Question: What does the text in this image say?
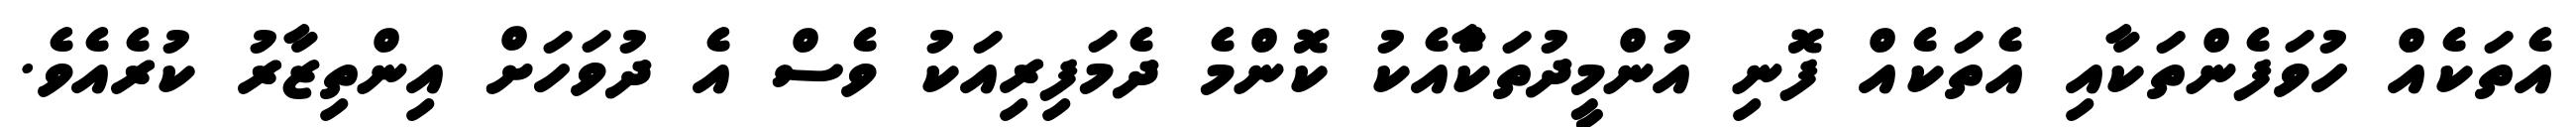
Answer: އެތަކެއް ހުވަފެންތަކާއި އެތަކެއް ފޮނި އުންމީދުތަކާެއެކު ކޮންމެ ދެމަފިރިއަކު ވެސް އެ ދުވަހަށް އިންތިޒާރު ކުރެއެވެ.